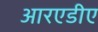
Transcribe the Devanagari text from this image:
आरएडीए